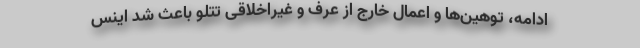
ادامه، توهین‌ها و اعمال خارج از عرف و غیراخلاقی تتلو باعث شد اینس